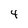
Character: 4